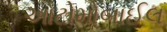
ઓટોમોબાઈલ